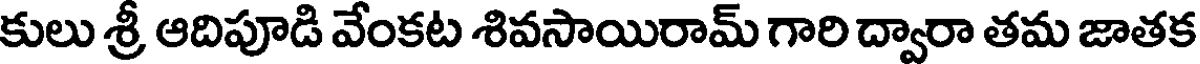
కులు శ్రీ ఆదిపూడి వేంకట శివసాయిరామ్ గారి ద్వారా తమ జాతక